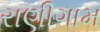
રાણીગામ